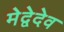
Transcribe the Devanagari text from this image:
मेद्वेदेव